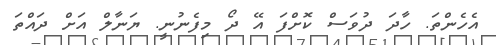
އެހެންތަ. ހާދަ ދުވަސް ކޮށްފަ އޭ ދޯ މިފެނުނީ. ޔަނާލް އަށް ދައްތަ